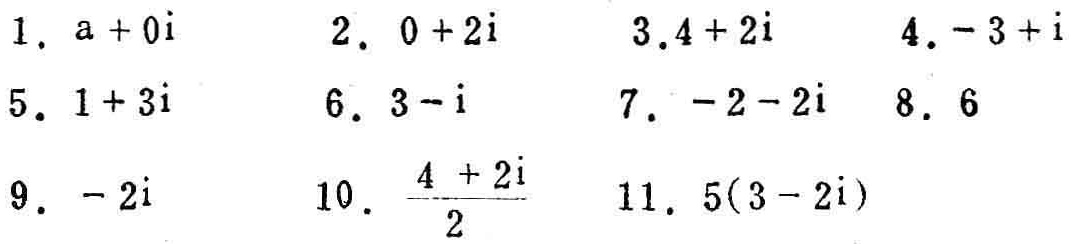
1. \(a + 0i\)
2. \(0 + 2i\)
3. \(4 + 2i\)
4. \(-3 + i\)
5. \(1 + 3i\)
6. \(3 - i\)
7. \(-2 - 2i\)
8. \(6\)
9. \(-2i\)
10. \(\frac{4 + 2i}{2}\)
11. \(5(3 - 2i)\)